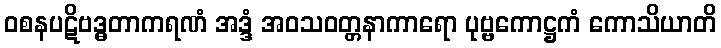
ဝစနပဋိဗဒ္ဓတာကရဏံ အဒ္ဒံ အဝသဝတ္တနာကာရော ပုဗ္ဗကောဋ္ဌကံ ကောသိယာတိ